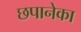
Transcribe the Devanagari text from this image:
छपानेका